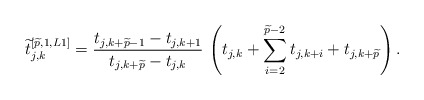
\begin{align*}\widetilde{t}_{j,k}^{\left[\widetilde{p},1,L1\right]}={t_{j,k+\widetilde{p}-1}-t_{j,k+1} \over t_{j,k+\widetilde{p}}-t_{j,k}}\,\left(t_{j,k} + \sum_{i=2}^{\widetilde{p}-2} t_{j,k+i} + t_{j,k+\widetilde{p}}\right).\end{align*}